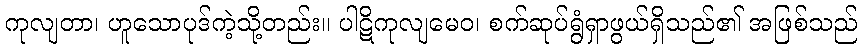
ကုလျတာ၊ ဟူသောပုဒ်ကဲ့သို့တည်း။ ပါဋိကုလျမေဝ၊ စက်ဆုပ်ရွံရှာဖွယ်ရှိသည်၏ အဖြစ်သည်